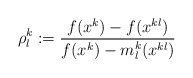
\begin{align*}\rho_l^k\mathrel{\mathop:}=\frac{f(x^k)-f(x^{kl})}{f(x^k)-m^k_l(x^{kl})}\end{align*}